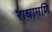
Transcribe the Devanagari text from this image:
राधामणि